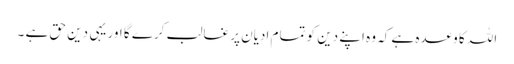
اللہ کا وعدہ ہے کہ وہ اپنے دین کو تمام ادیان پر غالب کرے گا اور یہی دین حق ہے ۔